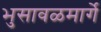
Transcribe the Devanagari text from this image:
भुसावळमार्गे